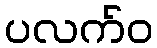
ပလက်ဝ